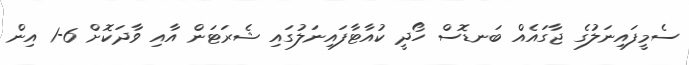
ސެމީފައިނަލުގެ ޖާގައެއް ބަނޑޮސް ހޯދީ ކުއާޓާފައިނަލުގައި ޝެރަޓަން އާއި ވާދަކޮށް 6-1 އިން